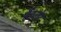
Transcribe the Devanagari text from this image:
हैंडलेर